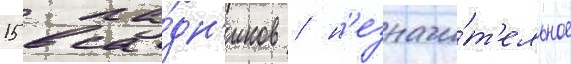
15 вса́дн'иков / н'езначи́т'ельное